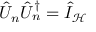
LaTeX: \hat { U } _ { n } \hat { U } _ { n } ^ { \dagger } = \hat { I } _ { \mathcal { H } }